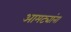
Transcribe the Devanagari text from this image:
आमट्यांना